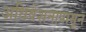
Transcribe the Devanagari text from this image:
अधिवेशनापासून